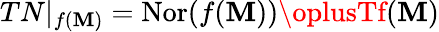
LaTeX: TN|_{f(\mathbf{M})}=\operatorname{Nor}(f(\mathbf{M}))\oplusTf(\mathbf{M})